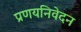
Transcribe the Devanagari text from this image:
प्रणयनिवेदन